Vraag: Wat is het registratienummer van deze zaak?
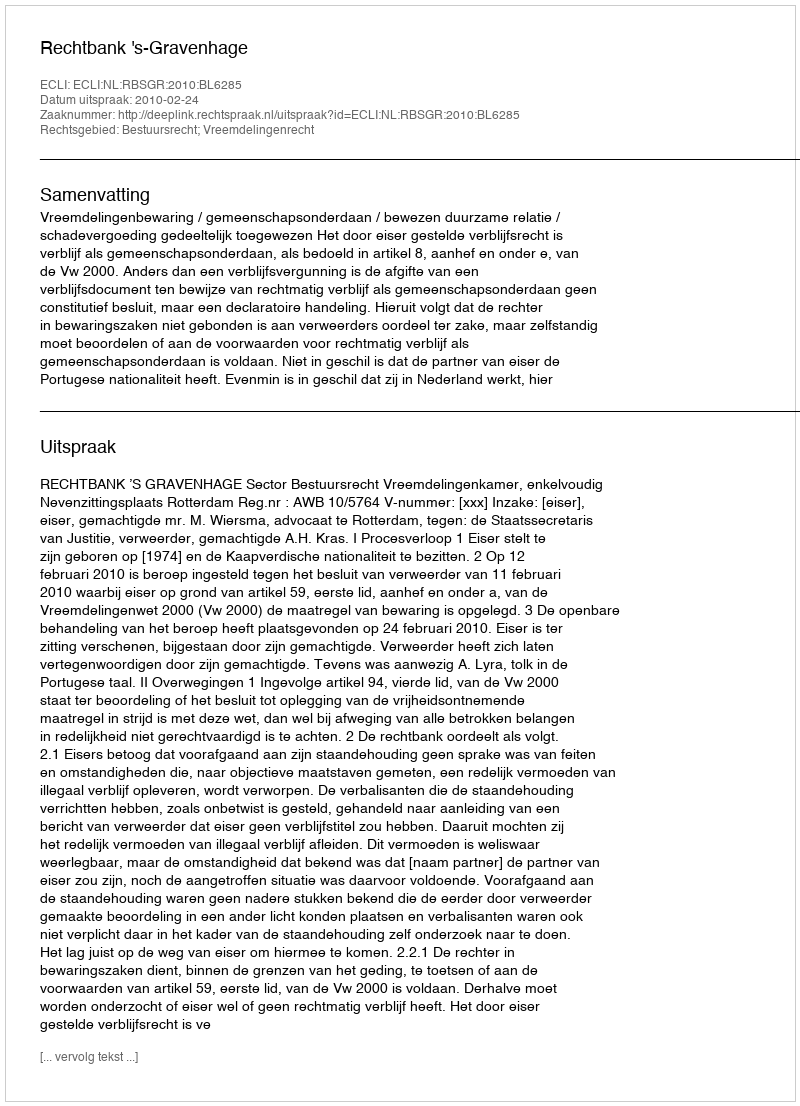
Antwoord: http://deeplink.rechtspraak.nl/uitspraak?id=ECLI:NL:RBSGR:2010:BL6285